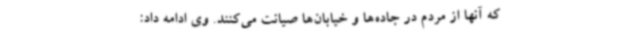
که آنها از مردم در جاده‌ها و خیابان‌ها صیانت می‌کنند. وی ادامه داد: